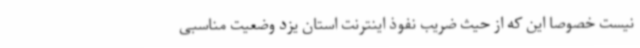
نیست خصوصاً این که از حیث ضریب نفوذ اینترنت استان یزد وضعیت مناسبی